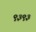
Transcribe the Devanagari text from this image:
९३९३